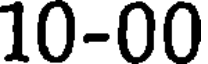
10-00